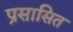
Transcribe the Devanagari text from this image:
प्रसासित